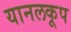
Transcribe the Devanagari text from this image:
यानलकूप